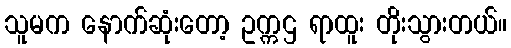
သူမက နောက်ဆုံးတော့ ဥက္ကဌ ရာထူး တိုးသွားတယ်။